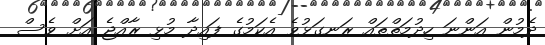
ދެމުން އަންނަ ހިދުމަތްތައް ރަނގަޅުވެ އެކަމުގެ ފައިދާ މުޅި ރާއްޖެ އަށް ވެސް